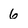
Character: 6